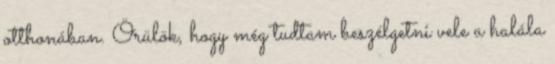
otthonában. Örülök, hogy még tudtam beszélgetni vele a halála